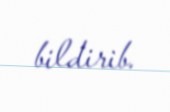
bildirib.